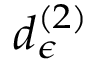
d _ { \epsilon } ^ { \left( 2 \right) }